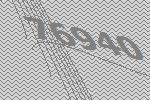
76940